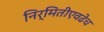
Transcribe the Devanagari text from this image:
निर्मितीएवढेच